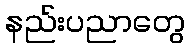
နည်းပညာတွေ